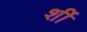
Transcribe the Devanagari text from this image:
र्शी